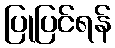
ပြုပြင်ရန်